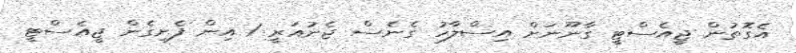
އެގޮތުން ޖީއެސްޓީ ގާނޫނަށް އިސްލާހު ގެނެސް ޖެނުއަރީ 1 އިން ފެށިގެން ޖީއެސްޓީ